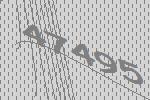
47495